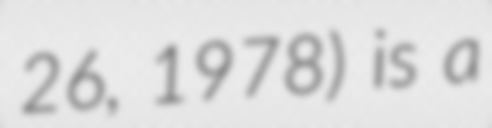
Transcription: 26, 1978) is a